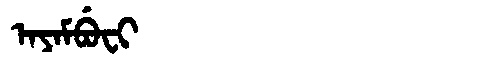
Manchu: ᠠᠶᠠᠮᠪᡠᠸᡳ
Romanization: AYAMBUFI